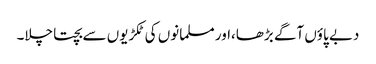
دبے پاؤں آگے بڑھا،اور مسلمانوں کی ٹکڑیوں سے بچتا چلا۔